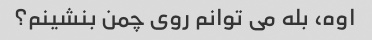
اوه، بله می توانم روی چمن بنشینم؟